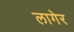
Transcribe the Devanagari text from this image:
लागेर